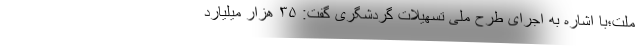
ملت؛با اشاره به اجرای طرح ملی تسهیلات گردشگری گفت: ۳۵ هزار میلیارد